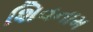
શિવનામ